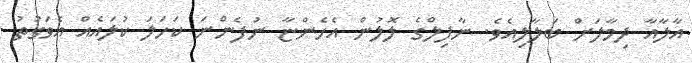
އާލާއާ ދިމާލަށް ބަލާލިއެވެ. ނާފިލްގެ ލޮލުން އެހެންޏާ ނުފެންނަ ކަހަލަ ކުލައެއް އެވަގުތު